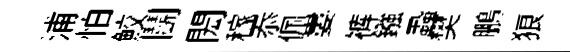
浦怕鮫鬬閎稼忝佩婁裤鏹蝨樊鵬狼